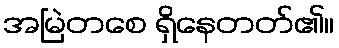
အမြဲတစေ ရှိနေတတ်၏။